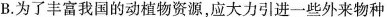
B.为了丰富我国的动植物资源，应大力引进一些外来物种